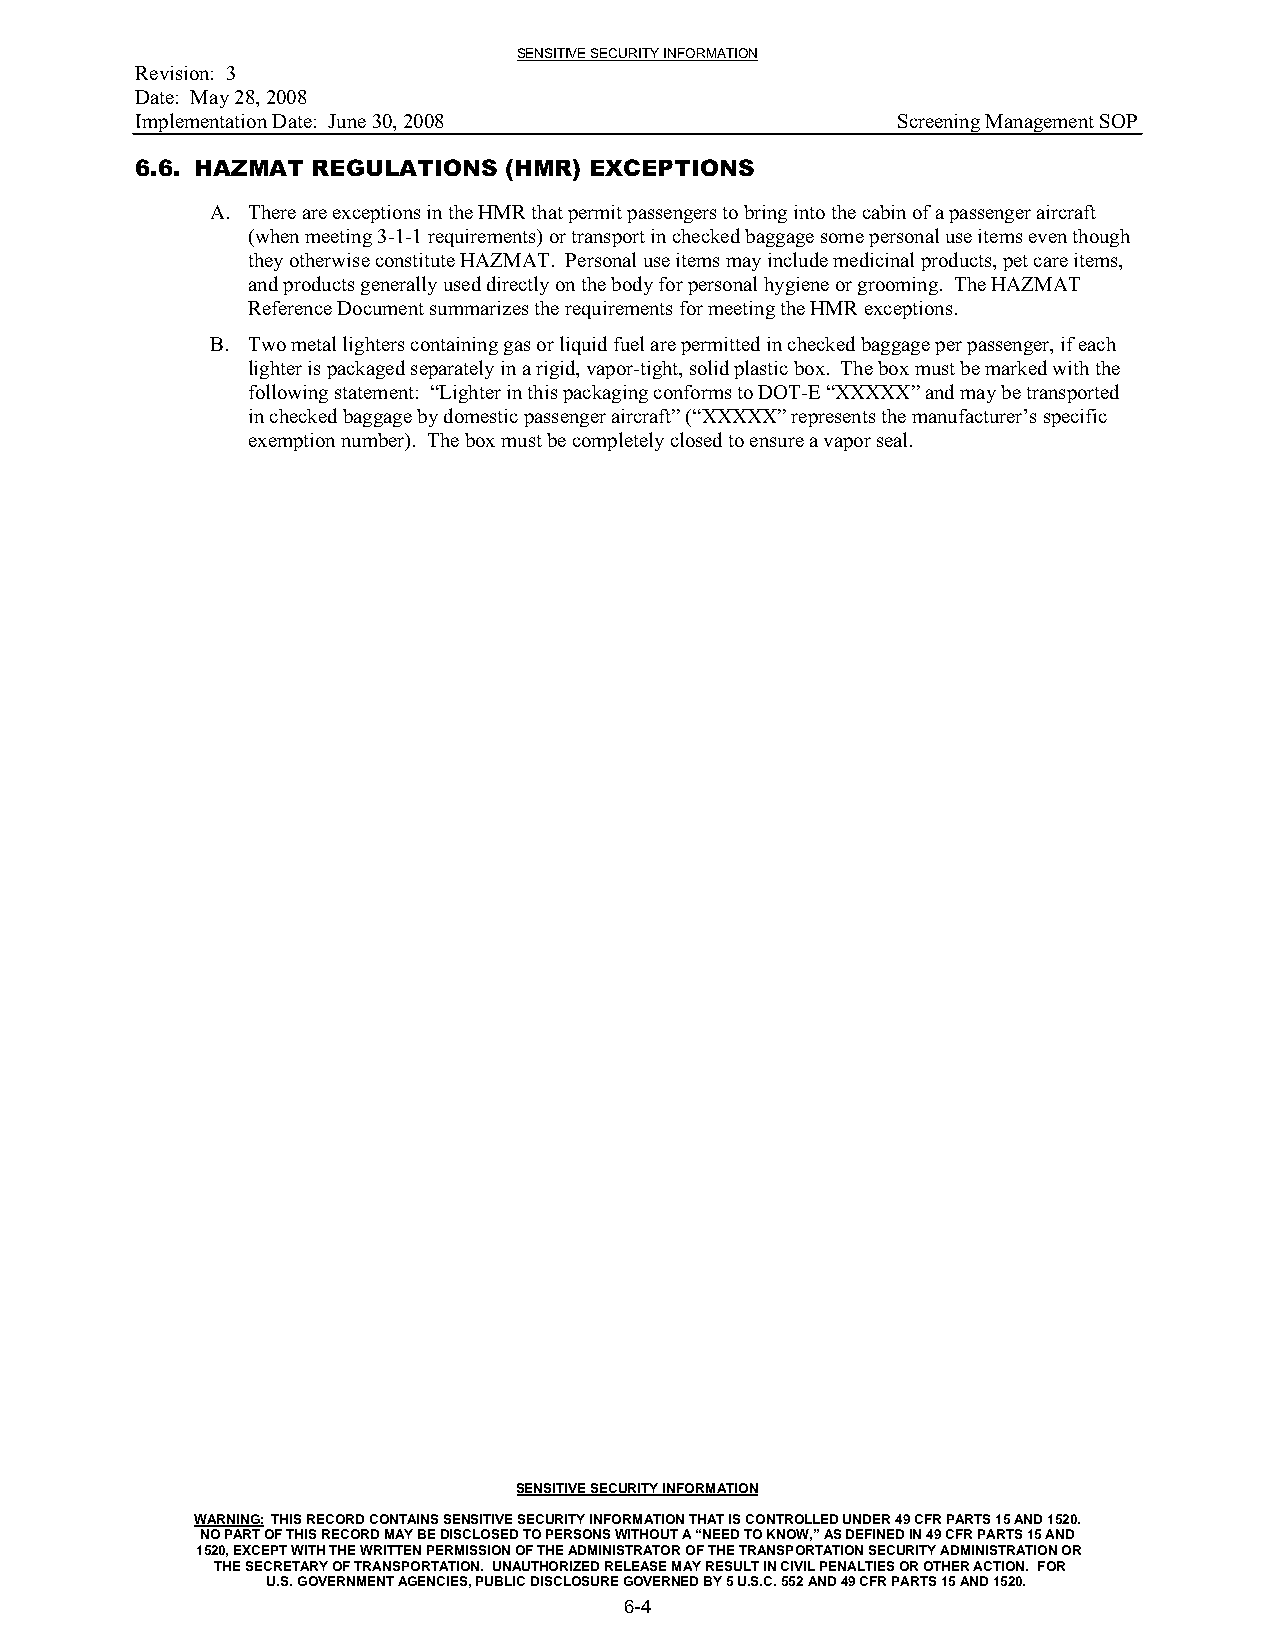
SENSITIVE SECURITY INFORMATION
 Revision: 3
 Date: May 28, 2008
 Implementation Date: June 30, 2008                Screening Management SOP
 6.6. HAZMAT REGULATIONS (HMR) EXCEPTIONS
 A. There are exceptions in the HMR that permit passengers to bring into the cabin of a passenger aircraft
 (when meeting 3-1-1 requirements) or transport in checked baggage some personal use items even though
 they otherwise constitute HAZMAT. Personal use items may include medicinal products, pet care items,
 and products generally used directly on the body for personal hygiene or grooming. The HAZMAT
 Reference Document summarizes the requirements for meeting the HMR exceptions.
 B. Two metal lighters containing gas orliquid fuel are permitted in checked baggage per passenger, if each
 lighter is packaged separately in a rigid, vapor-tight, solid plastic box. The box must be marked with the
 following statement: “Lighter in this packaging conforms to DOT-E “XXXXX” and may be transported
 in checked baggage by domestic passenger aircraft” (“XXXXX” represents the manufacturer’s specific
 exemption number). The box must be completely closed to ensure a vapor seal.
 SENSITIVE SECURITY INFORMATION
 WARNING: THIS RECORD CONTAINS SENSITIVE SECURITY INFORMATION THAT IS CONTROLLED UNDER 49 CFR PARTS 15 AND 1520.
 NO PART OF THIS RECORD MAY BE DISCLOSED TO PERSONS WITHOUT A “NEED TO KNOW,” AS DEFINED IN 49 CFR PARTS 15 AND
 1520, EXCEPT WITH THE WRITTEN PERMISSION OF THE ADMINISTRATOR OF THE TRANSPORTATION SECURITY ADMINISTRATION OR
 THE SECRETARY OF TRANSPORTATION. UNAUTHORIZED RELEASE MAY RESULT IN CIVIL PENALTIES OR OTHER ACTION. FOR
 U.S. GOVERNMENT AGENCIES, PUBLIC DISCLOSURE GOVERNED BY 5 U.S.C. 552 AND 49 CFR PARTS 15 AND 1520.
 6-4